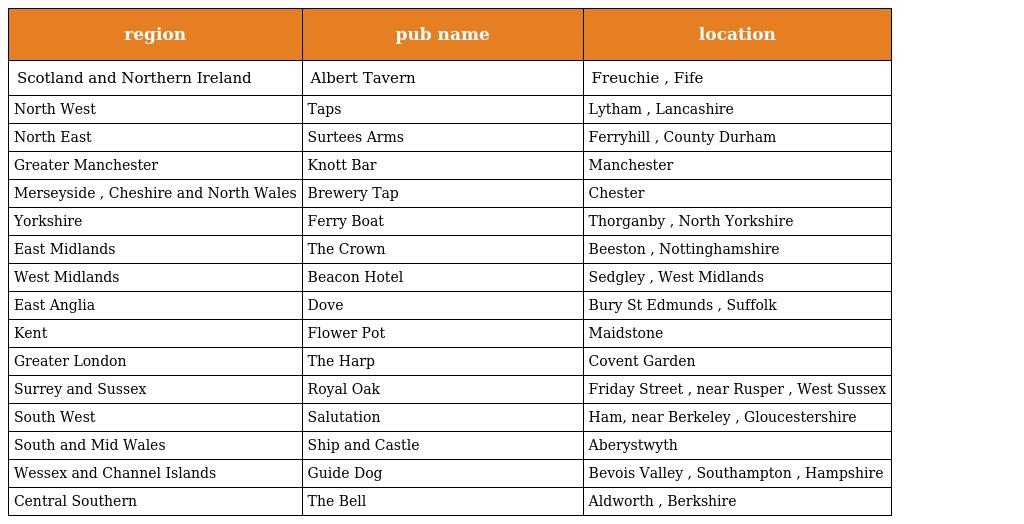
| region | pub name | location |
 | --- | --- | --- |
 | Scotland and Northern Ireland | Albert Tavern | Freuchie , Fife |
 | North West | Taps | Lytham , Lancashire |
 | North East | Surtees Arms | Ferryhill , County Durham |
 | Greater Manchester | Knott Bar | Manchester |
 | Merseyside , Cheshire and North Wales | Brewery Tap | Chester |
 | Yorkshire | Ferry Boat | Thorganby , North Yorkshire |
 | East Midlands | The Crown | Beeston , Nottinghamshire |
 | West Midlands | Beacon Hotel | Sedgley , West Midlands |
 | East Anglia | Dove | Bury St Edmunds , Suffolk |
 | Kent | Flower Pot | Maidstone |
 | Greater London | The Harp | Covent Garden |
 | Surrey and Sussex | Royal Oak | Friday Street , near Rusper , West Sussex |
 | South West | Salutation | Ham, near Berkeley , Gloucestershire |
 | South and Mid Wales | Ship and Castle | Aberystwyth |
 | Wessex and Channel Islands | Guide Dog | Bevois Valley , Southampton , Hampshire |
 | Central Southern | The Bell | Aldworth , Berkshire |